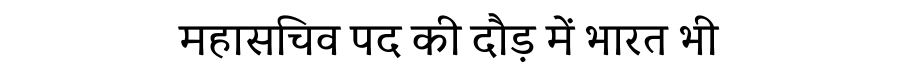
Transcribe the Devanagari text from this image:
महासचिव पद की दौड़ में भारत भी